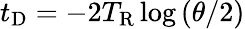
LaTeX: t_{\mathrm{D}}=-2T_{\mathrm{R}}\log\left(\theta/2\right)